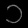
Digit: ၁